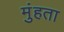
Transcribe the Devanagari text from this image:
मुंहता